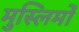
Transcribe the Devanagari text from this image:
मुस्लिमोँ